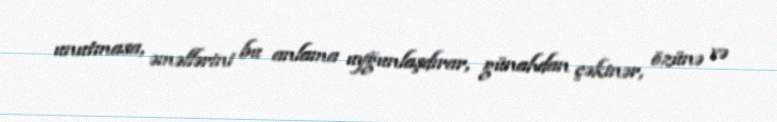
unutmasa, əməllərini bu anlama uyğunlaşdırar, günahdan çəkinər, özünə və